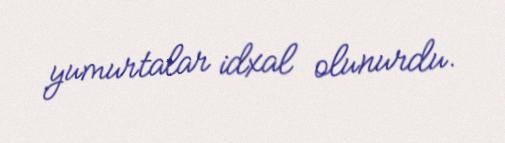
yumurtalar idxal olunurdu.